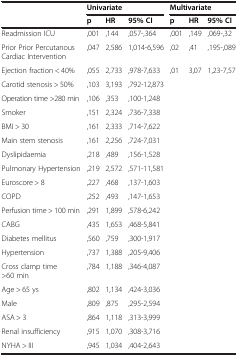
<table><thead><tr><td>[EMPTY_CELL]</td><td colspan="3"><b>Univariate</b></td><td colspan="3"><b>Multivariate</b></td></tr><tr><td>[EMPTY_CELL]</td><td><b>p</b></td><td><b>HR</b></td><td><b>95% CI</b></td><td><b>p</b></td><td><b>HR</b></td><td><b>95% CI</b></td></tr></thead><tbody><tr><td>Readmission ICU</td><td>,001</td><td>,144</td><td>,057-,364</td><td>,001</td><td>,149</td><td>,069-,32</td></tr><tr><td>Prior Prior Percutanous Cardiac Intervention</td><td>,047</td><td>2,586</td><td>1,014-6,596</td><td>,02</td><td>,41</td><td>,195-,089</td></tr><tr><td>Ejection fraction &lt; 40%</td><td>,055</td><td>2,733</td><td>,978-7,633</td><td>,01</td><td>3,07</td><td>1,23-7,57</td></tr><tr><td>Carotid stenosis &gt; 50%</td><td>,103</td><td>3,193</td><td>,792-12,873</td><td>[EMPTY_CELL]</td><td>[EMPTY_CELL]</td><td>[EMPTY_CELL]</td></tr><tr><td>Operation time &gt;280 min</td><td>,106</td><td>,353</td><td>,100-1,248</td><td>[EMPTY_CELL]</td><td>[EMPTY_CELL]</td><td>[EMPTY_CELL]</td></tr><tr><td>Smoker</td><td>,151</td><td>2,324</td><td>,736-7,338</td><td>[EMPTY_CELL]</td><td>[EMPTY_CELL]</td><td>[EMPTY_CELL]</td></tr><tr><td>BMI &gt; 30</td><td>,161</td><td>2,333</td><td>,714-7,622</td><td>[EMPTY_CELL]</td><td>[EMPTY_CELL]</td><td>[EMPTY_CELL]</td></tr><tr><td>Main stem stenosis</td><td>,161</td><td>2,256</td><td>,724-7,031</td><td>[EMPTY_CELL]</td><td>[EMPTY_CELL]</td><td>[EMPTY_CELL]</td></tr><tr><td>Dyslipidaemia</td><td>,218</td><td>,489</td><td>,156-1,528</td><td>[EMPTY_CELL]</td><td>[EMPTY_CELL]</td><td>[EMPTY_CELL]</td></tr><tr><td>Pulmonary Hypertension</td><td>,219</td><td>2,572</td><td>,571-11,581</td><td>[EMPTY_CELL]</td><td>[EMPTY_CELL]</td><td>[EMPTY_CELL]</td></tr><tr><td>Euroscore &gt; 8</td><td>,227</td><td>,468</td><td>,137-1,603</td><td>[EMPTY_CELL]</td><td>[EMPTY_CELL]</td><td>[EMPTY_CELL]</td></tr><tr><td>COPD</td><td>,252</td><td>,493</td><td>,147-1,653</td><td>[EMPTY_CELL]</td><td>[EMPTY_CELL]</td><td>[EMPTY_CELL]</td></tr><tr><td>Perfusion time &gt; 100 min</td><td>,291</td><td>1,899</td><td>,578-6,242</td><td>[EMPTY_CELL]</td><td>[EMPTY_CELL]</td><td>[EMPTY_CELL]</td></tr><tr><td>CABG</td><td>,435</td><td>1,653</td><td>,468-5,841</td><td>[EMPTY_CELL]</td><td>[EMPTY_CELL]</td><td>[EMPTY_CELL]</td></tr><tr><td>Diabetes mellitus</td><td>,560</td><td>,759</td><td>,300-1,917</td><td>[EMPTY_CELL]</td><td>[EMPTY_CELL]</td><td>[EMPTY_CELL]</td></tr><tr><td>Hypertension</td><td>,737</td><td>1,388</td><td>,205-9,406</td><td>[EMPTY_CELL]</td><td>[EMPTY_CELL]</td><td>[EMPTY_CELL]</td></tr><tr><td>Cross clamp time &gt;60 min</td><td>,784</td><td>1,188</td><td>,346-4,087</td><td>[EMPTY_CELL]</td><td>[EMPTY_CELL]</td><td>[EMPTY_CELL]</td></tr><tr><td>Age &gt; 65 ys</td><td>,802</td><td>1,134</td><td>,424-3,036</td><td>[EMPTY_CELL]</td><td>[EMPTY_CELL]</td><td>[EMPTY_CELL]</td></tr><tr><td>Male</td><td>,809</td><td>,875</td><td>,295-2,594</td><td>[EMPTY_CELL]</td><td>[EMPTY_CELL]</td><td>[EMPTY_CELL]</td></tr><tr><td>ASA &gt; 3</td><td>,864</td><td>1,118</td><td>,313-3,999</td><td>[EMPTY_CELL]</td><td>[EMPTY_CELL]</td><td>[EMPTY_CELL]</td></tr><tr><td>Renal insufficiency</td><td>,915</td><td>1,070</td><td>,308-3,716</td><td>[EMPTY_CELL]</td><td>[EMPTY_CELL]</td><td>[EMPTY_CELL]</td></tr><tr><td>NYHA &gt; III</td><td>,945</td><td>1,034</td><td>,404-2,643</td><td>[EMPTY_CELL]</td><td>[EMPTY_CELL]</td><td>[EMPTY_CELL]</td></tr></tbody></table>